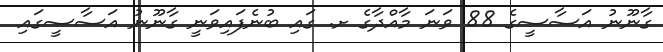
ގާނޫނު އަސާސީގެ 88 ވަނަ މާއްދާގެ ށ. ގައި ބުނެފައިވަނީ ގާނޫނު އަސާސީގައި